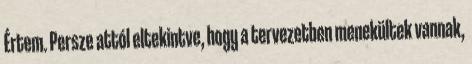
Értem. Persze attól eltekintve, hogy a tervezetben menekültek vannak,